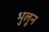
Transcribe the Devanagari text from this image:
भुलून